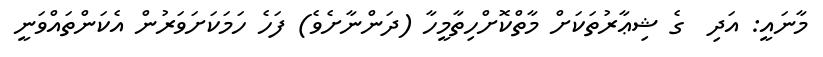
މާނައީ: އަދި  ގެ ޝިޢާރުތަކަށް މާތްކޮށްހިތާމީހާ (ދަންނާށެވެ) ފަހެ ހަމަކަށަވަރުން އެކަންތައްވަނީ